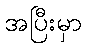
အပြီးမှာ